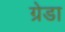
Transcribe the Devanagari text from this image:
ग्रेडा